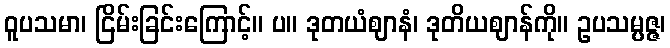
ဝူပသမာ၊ ငြိမ်းခြင်းကြောင့်။ ပ။ ဒုတယံဈာနံ၊ ဒုတိယဈာန်ကို။ ဥပသမ္ပဇ္ဇ၊